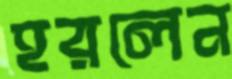
হরলেন